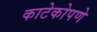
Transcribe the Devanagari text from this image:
काटेकोपणे